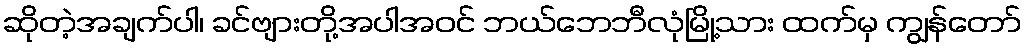
ဆိုတဲ့အချက်ပါ၊ ခင်ဗျားတို့အပါအဝင် ဘယ်ဘေဘီလုံမြို့သား ထက်မှ ကျွန်တော်